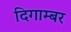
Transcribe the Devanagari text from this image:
दिगाम्बर